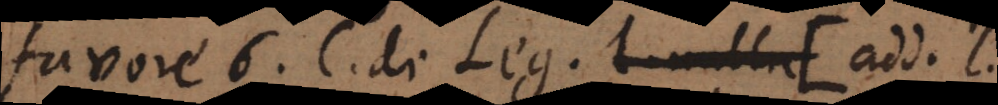
favore 6. C. de Leg. (add. l.